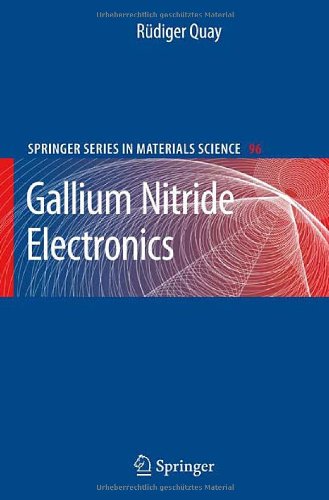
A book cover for Gallium Nitride Electronics (Springer Series in Materials Science); RÃ¼diger Quay; Engineering & Transportation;